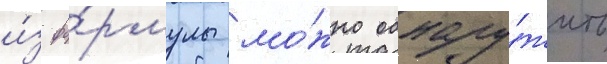
и́з фо́рмулы мо́жно обнару́жить